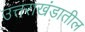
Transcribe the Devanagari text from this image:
उत्तराखंडातील